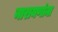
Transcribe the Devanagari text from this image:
नारायणांना